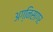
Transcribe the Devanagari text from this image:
अग्निसागर